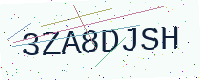
Text: 3ZA8DJSH